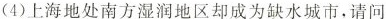
(4)上海地处南方湿润地区却成为缺水城市，请问